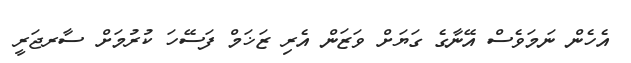
އެހެން ނަމަވެސް އޭނާގެ ގަޔަށް ވަޒަން އެރި ޒަޚަމް ފަސޭހަ ކުރުމަށް ސާރޖަރީ